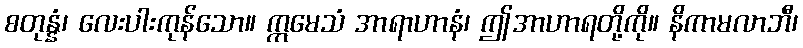
စတုန္နံ၊ လေးပါးကုန်သော။ ဣမေသံ အာရာဟာနံ၊ ဤအာဟာရတို့ကို။ နိကာမလာဘီ၊